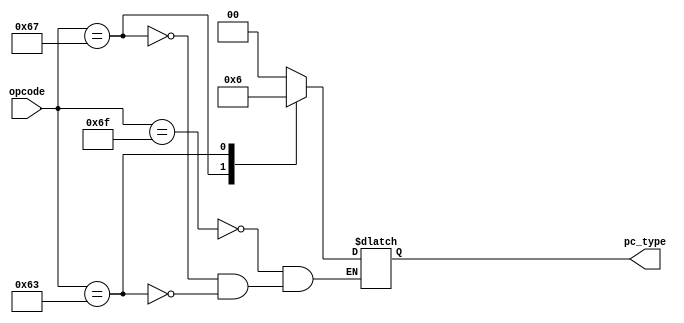
module  pcIm_control
(
    input   wire    [6:0]   opcode,
    
    output  reg     [1:0]   pc_type
);

always@(*)
    begin
        case(opcode)
        
        7'b1101111: pc_type = 2'b00; // JAL
        
        7'b1100111: pc_type = 2'b01; // JALR
        
        7'b1100011: pc_type = 2'b10; // Branch
        
        endcase
    end

endmodule